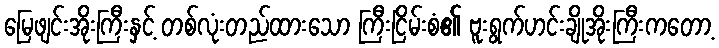
မြေဖျင်းအိုးကြီးနှင့် တစ်လုံးတည်ထားသော ကြီးငြိမ်းစံ၏ ဗူးရွက်ဟင်းချိုအိုးကြီးကတော့